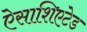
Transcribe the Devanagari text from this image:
ऐसाशिएटेड